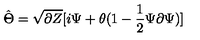
\hat { \Theta } = \sqrt { \partial Z } [ i \Psi + \theta ( 1 - \frac { 1 } { 2 } \Psi \partial \Psi ) ]